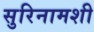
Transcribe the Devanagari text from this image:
सुरिनामशी